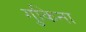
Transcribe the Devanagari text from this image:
गुकिना